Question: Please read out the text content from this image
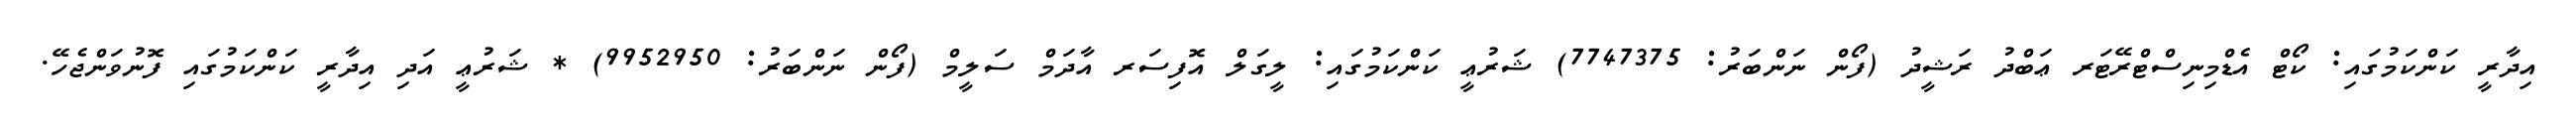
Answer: އިދާރީ ކަންކަމުގައި: ކޯޓް އެޑްމިނިސްޓްރޭޓަރ ޢަބްދު ރަޝީދު (ފޯން ނަންބަރު: 7747375) ޝަރުޢީ ކަންކަމުގައި: ލީގަލް އޮފިސަރ އާދަމް ސަލީމް (ފޯން ނަންބަރު: 9952950) * ޝަރުޢީ އަދި އިދާރީ ކަންކަމުގައި ފޮނުވަންޖެހޭ.